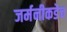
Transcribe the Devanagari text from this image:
जर्मनीकडेच